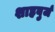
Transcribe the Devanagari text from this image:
शाहबुर्ज